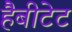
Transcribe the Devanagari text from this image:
हैबीटेट